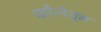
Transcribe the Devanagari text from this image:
फौजेतून